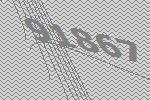
91867